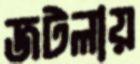
জটলায়